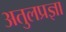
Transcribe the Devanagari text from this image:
अतुलप्रज्ञा